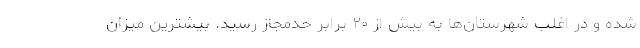
شده و در اغلب شهرستان‌ها به بیش از ۲۰ برابر حدمجاز رسید. بیشترین میزان